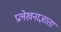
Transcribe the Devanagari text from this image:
प्रलेखनाज्ञाता